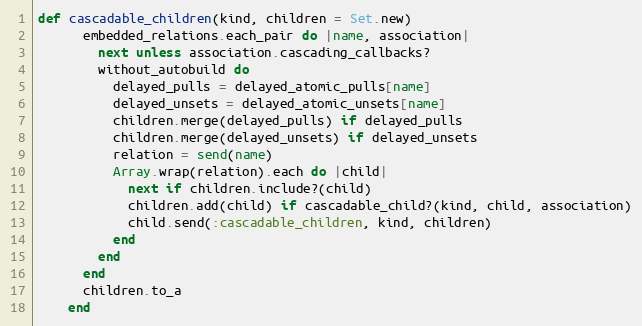
Language: Ruby
def cascadable_children(kind, children = Set.new)
      embedded_relations.each_pair do |name, association|
        next unless association.cascading_callbacks?
        without_autobuild do
          delayed_pulls = delayed_atomic_pulls[name]
          delayed_unsets = delayed_atomic_unsets[name]
          children.merge(delayed_pulls) if delayed_pulls
          children.merge(delayed_unsets) if delayed_unsets
          relation = send(name)
          Array.wrap(relation).each do |child|
            next if children.include?(child)
            children.add(child) if cascadable_child?(kind, child, association)
            child.send(:cascadable_children, kind, children)
          end
        end
      end
      children.to_a
    end